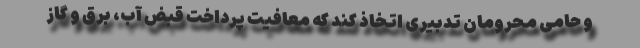
و حامی محرومان تدبیری اتخاذ کند که معافیت پرداخت قبض آب، برق و گاز